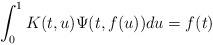
LaTeX: \begin{align*}\int_0^1K(t,u)\Psi(t,f(u))du=f(t)\end{align*}